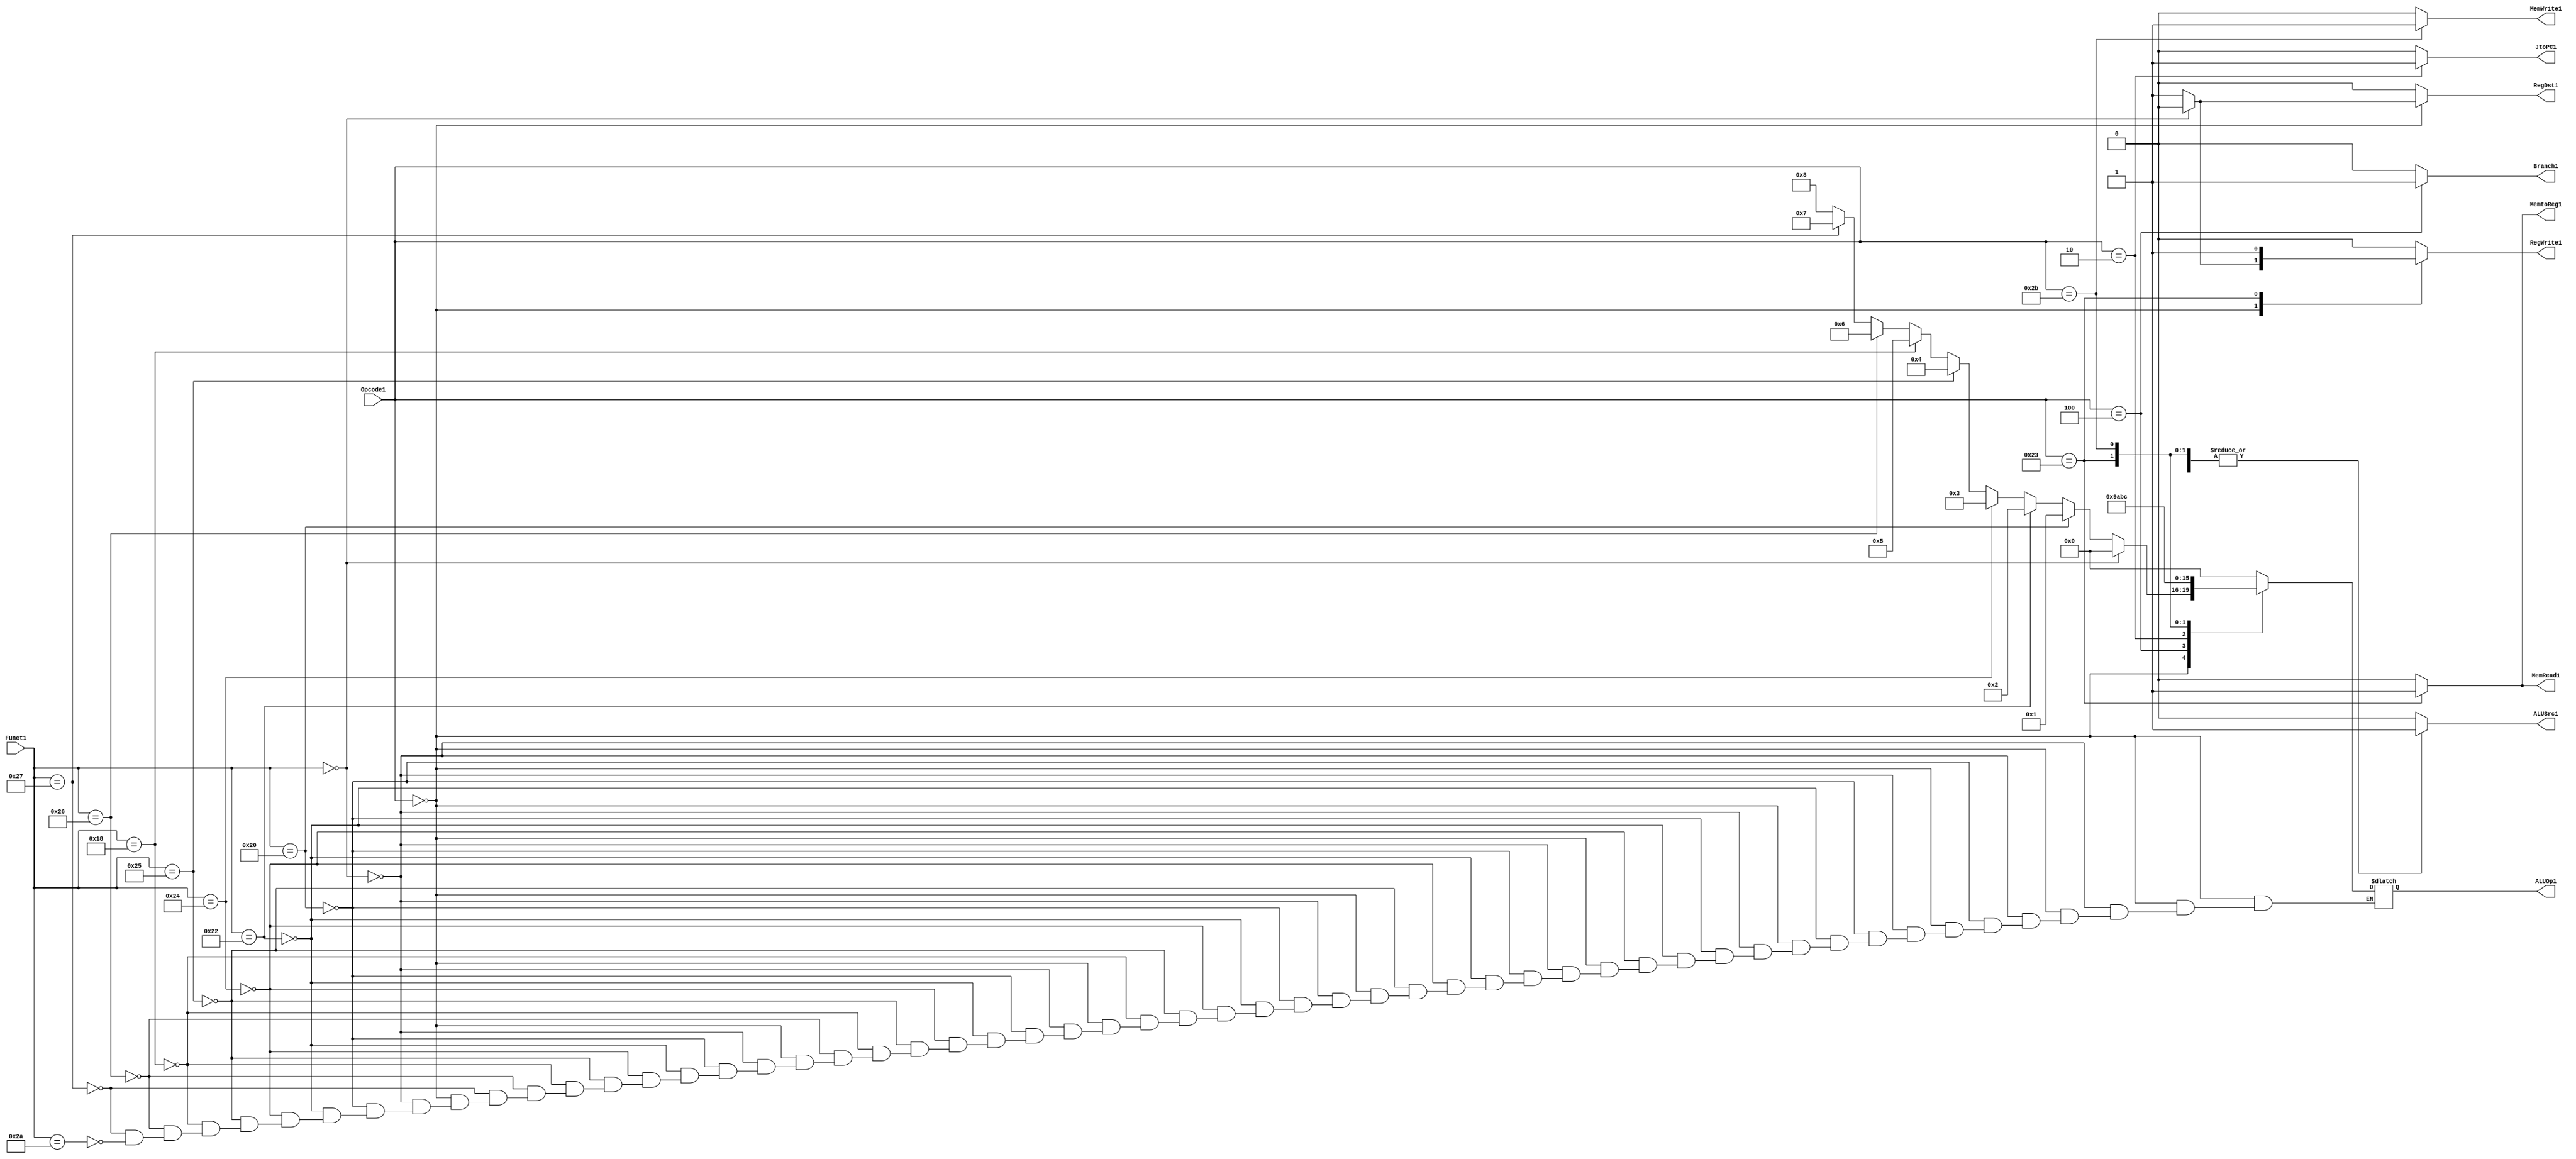
module Control(
		input wire [5:0] Opcode1, Funct1,
		output reg JtoPC1, Branch1, RegWrite1, RegDst1, ALUSrc1, MemWrite1, MemRead1, MemtoReg1,
		output reg [3:0] ALUOp1 );

always @(*)
begin
	case (Opcode1)
		6'b000000 : begin // R Type - add, sub, and, or, mult, xor, nor, slt, Noop
			if(Funct1 == 6'b000000) //Noop
			begin
				JtoPC1 = 0;
				Branch1 = 0;
				RegWrite1 = 0;
				RegDst1 = 0;
				ALUSrc1 = 0;
				MemWrite1 = 0;
				MemRead1 = 0;
				MemtoReg1 = 0;
				ALUOp1 = 4'b0000;
			end
			else // add, sub, and, or, mult, xor, nor, slt
			begin
				JtoPC1 = 0;
				Branch1 = 0;
				RegWrite1 = 1;
				RegDst1 = 1;
				ALUSrc1 = 0;
				MemWrite1 = 0;
				MemRead1 = 0;
				MemtoReg1 = 0;
				if(Funct1 == 6'b100000)	ALUOp1 = 4'b0001; // add
				else if(Funct1 == 6'b100010) ALUOp1 = 4'b0010; // sub
				else if(Funct1 == 6'b100100) ALUOp1 = 4'b0011; // and
				else if(Funct1 == 6'b100101) ALUOp1 = 4'b0100; // or
				else if(Funct1 == 6'b011000) ALUOp1 = 4'b0101; // mult
				else if(Funct1 == 6'b100110) ALUOp1 = 4'b0110; // xor
				else if(Funct1 == 6'b100111) ALUOp1 = 4'b0111; // nor
				else if(Funct1 == 6'b101010) ALUOp1 = 4'b1000; // slt
			end
		end
		6'b000100 : begin // Beq
			JtoPC1 = 0;
			Branch1 = 1;
			RegWrite1 = 0;
			RegDst1 = 0;
			ALUSrc1 = 1;
			MemWrite1 = 0;
			MemRead1 = 0;
			MemtoReg1 = 0;
			ALUOp1 = 4'b1001;
		end
		6'b000010 : begin// Jump
			JtoPC1 = 1;
			Branch1 = 0;
			RegWrite1 = 0;
			RegDst1 = 0;
			ALUSrc1 = 0;
			MemWrite1 = 0;
			MemRead1 = 0;
			MemtoReg1 = 0;
			ALUOp1 = 4'b1010;
		end
		6'b100011 : begin // Load Word
			JtoPC1 = 0;
			Branch1 = 0;
			RegWrite1 = 1;
			RegDst1 = 0;
			ALUSrc1 = 1;
			MemWrite1 = 0;
			MemRead1 = 1;
			MemtoReg1 = 1;
			ALUOp1 = 4'b1011;
		end
		6'b101011 : begin // Store Word
			JtoPC1 = 0;
			Branch1 = 0;
			RegWrite1 = 0;
			RegDst1 = 0;
			ALUSrc1 = 1;
			MemWrite1 = 1;
			MemRead1 = 0;
			MemtoReg1 = 0;
			ALUOp1 = 4'b1100;
		end
		default : begin //Noop
			JtoPC1 = 0;
			Branch1 = 0;
			RegWrite1 = 0;
			RegDst1 = 0;
			ALUSrc1 = 0;
			MemWrite1 = 0;
			MemRead1 = 0;
			MemtoReg1 = 0;
			ALUOp1 = 4'b0000;
		end
	endcase
end

initial
begin
	JtoPC1 = 0;
	Branch1 = 0;
	RegWrite1 = 0;
	RegDst1 = 0;
	ALUSrc1 = 0;
	MemWrite1 = 0;
	MemRead1 = 0;
	MemtoReg1 = 0;
	ALUOp1 = 4'b0000;
end
endmodule